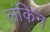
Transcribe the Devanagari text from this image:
लंकिन